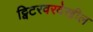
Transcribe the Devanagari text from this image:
ट्विटरवरदेखील